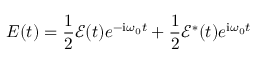
E ( t ) = \frac { 1 } { 2 } \mathcal { E } ( t ) e ^ { - \mathrm { { i } } \omega _ { 0 } t } + \frac { 1 } { 2 } \mathcal { E } ^ { * } ( t ) e ^ { \mathrm { { i } } \omega _ { 0 } t }